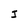
Character: J